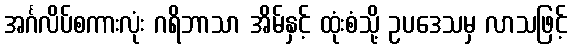
အင်္ဂလိပ်စကားလုံး ဂရိဘာသာ အိမ်နှင့် ထုံးစံသို့ ဥပဒေသမှ လာသဖြင့်